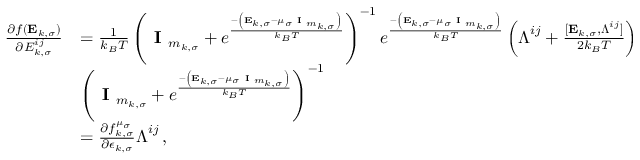
\begin{array} { r l } { \frac { \partial f ( \mathbf { E } _ { k , \sigma } ) } { \partial { E } _ { k , \sigma } ^ { i j } } } & { = \frac { 1 } { k _ { B } T } \left( \textbf { I } _ { m _ { k , \sigma } } + e ^ { \frac { - \left( \mathbf { E } _ { k , \sigma } - \mu _ { \sigma } \textbf { I } _ { m _ { k , \sigma } } \right) } { k _ { B } T } } \right) ^ { - 1 } e ^ { \frac { - \left( \mathbf { E } _ { k , \sigma } - \mu _ { \sigma } \textbf { I } _ { m _ { k , \sigma } } \right) } { k _ { B } T } } \left( \boldsymbol { \Lambda } ^ { i j } + \frac { [ \mathbf { E } _ { k , \sigma } , \boldsymbol { \Lambda } ^ { i j } ] } { 2 k _ { B } T } \right) } \\ & { \left( \textbf { I } _ { m _ { k , \sigma } } + e ^ { \frac { - \left( \mathbf { E } _ { k , \sigma } - \mu _ { \sigma } \textbf { I } _ { m _ { k , \sigma } } \right) } { k _ { B } T } } \right) ^ { - 1 } } \\ & { = \frac { \partial f _ { k , \sigma } ^ { \mu _ { \sigma } } } { \partial \epsilon _ { k , \sigma } } \boldsymbol { \Lambda } ^ { i j } \, , } \end{array}